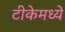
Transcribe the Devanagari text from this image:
टीकेमध्ये